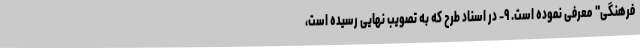
فرهنگی" معرفی نموده است. ۹- در اسناد طرح که به تصویب نهایی رسیده است،